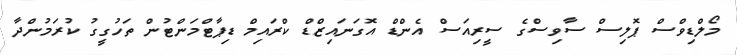
މޯލްޑިވްސް ޕޮލިސް ސާވިސްގެ ސީރިއަސް އެންޑް އޮގަނައިޒްޑް ކްރައިމް ޑިޕާޓްމަންޓުން ތަހުގީގު ކުރަމުންދާ